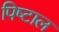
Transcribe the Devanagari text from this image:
पिष्टाल